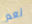
نعم